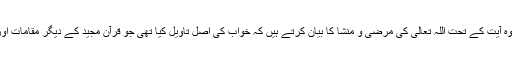
لیکن اس پر تبصرہ کرنے سے پہلے وہ آیت کے تحت اللہ تعالیٰ کی مرضی و منشا کا بیان کرتے ہیں کہ خواب کی اصل تاویل کیا تھی جو قرآن مجید کے دیگر مقامات اور بعد کی تاریخ سے بالکل واضح ہے۔